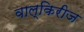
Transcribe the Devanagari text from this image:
वाल्किरीज